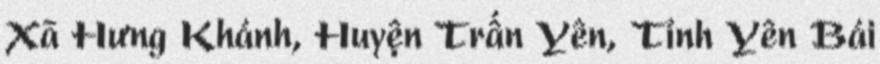
Xã Hưng Khánh, Huyện Trấn Yên, Tỉnh Yên Bái